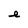
Character: e